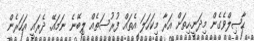
ހާޞިލްވެގެން މިދަނީ.ހިތަށް އަރާ މިކަހަލަ އެތައް ފުރުސަތެއް ލިބޭނެ ނަމައޭ. ދެރައީ އަހަރެން